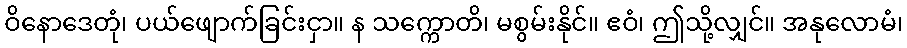
ဝိနောဒေတုံ၊ ပယ်ဖျောက်ခြင်းငှာ။ န သက္ကောတိ၊ မစွမ်းနိုင်။ ဧဝံ၊ ဤသို့လျှင်။ အနုလောမံ၊